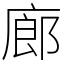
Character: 廊